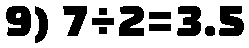
9) 7÷2=3.5